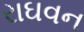
રાઘવન